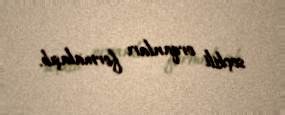
seçkili orqanları formalaşıb.